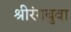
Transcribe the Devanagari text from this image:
श्रीरंगबुवा